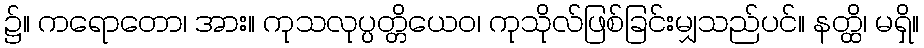
၌။ ကရောတော၊ အား။ ကုသလုပ္ပတ္တိယေဝ၊ ကုသိုလ်ဖြစ်ခြင်းမျှသည်ပင်။ နတ္ထိ၊ မရှိ။